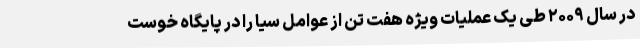
در سال ۲۰۰۹ طی یک عملیات ویژه هفت تن از عوامل سیا را در پایگاه خوست